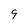
Character: 9